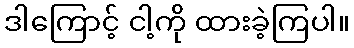
ဒါကြောင့် ငါ့ကို ထားခဲ့ကြပါ။